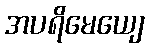
အပရိမေယျေ